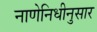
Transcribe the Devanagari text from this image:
नाणेनिधीनुसार